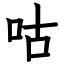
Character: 咕